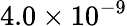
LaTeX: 4.0\times 10^{-9}